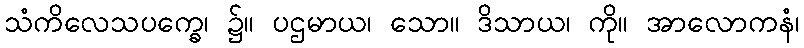
သံကိလေသပက္ခေ၊ ၌။ ပဌမာယ၊ သော။ ဒိသာယ၊ ကို။ အာလောကနံ၊